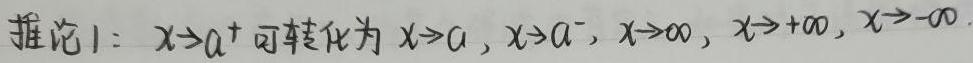
推论 1：$x\to a^{+}$可转化为$x\to a$，$x\to a^{-}$，$x\to \infty$，$x\to +\infty$，$x\to -\infty$。